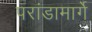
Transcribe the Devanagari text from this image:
परांडामार्गे